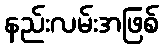
နည်းလမ်းအဖြစ်